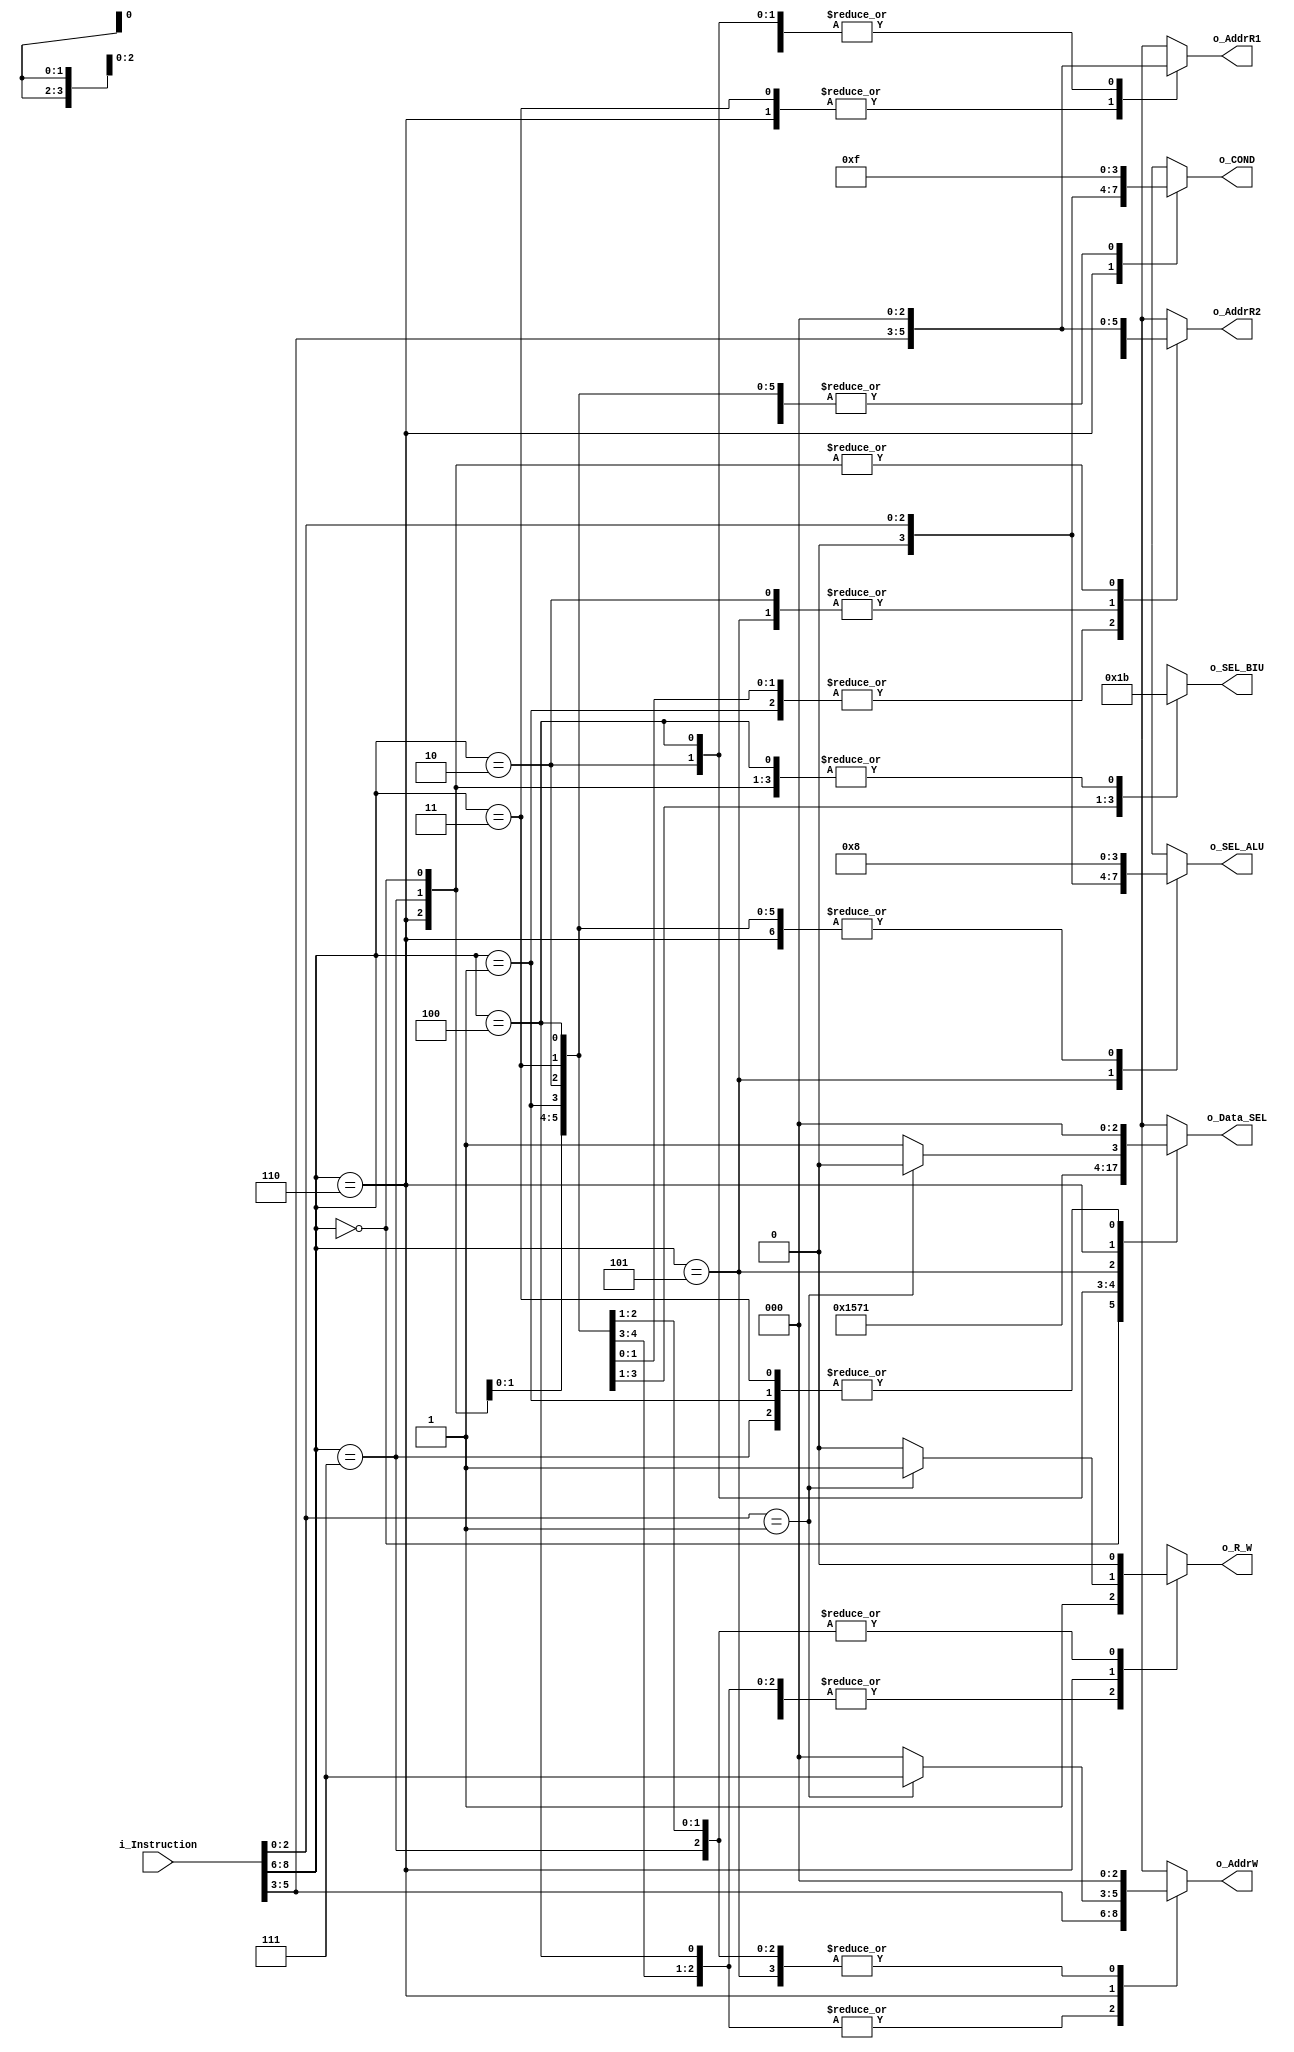
`timescale 1ns / 1ps
//////////////////////////////////////////////////////////////////////////////////
// Company: 
// Engineer: 
// 
// Design Name: 
// Module Name: Deco
// Project Name: 
// Target Devices: 
// Tool Versions: 
// Description: 
// 
// Dependencies: 
// 
// Revision:
// Revision 0.01 - File Created
// Additional Comments:
// 
//////////////////////////////////////////////////////////////////////////////////


module Deco(
    input [8:0] i_Instruction,
    output reg [2:0] o_AddrR1,
    output reg [2:0] o_AddrR2,
    output reg [2:0] o_AddrW,
    output reg [3:0] o_COND,
    output reg [2:0] o_Data_SEL,
    output reg [3:0] o_SEL_ALU,
    output reg [1:0] o_SEL_BIU,
    output reg o_R_W
    );
    
    always@(i_Instruction)
    begin
        case(i_Instruction[8:6])
            0: 
                begin
                    o_AddrR1 <= 0;
                    o_AddrR2 <= 0;
                    o_AddrW <= i_Instruction[5:3];
                    o_COND <= 4'hF;                                 // LOAD RX, #NUM
                    o_Data_SEL <= 3'd2;
                    o_SEL_ALU <= 4'h8;
                    o_SEL_BIU <= 3'd7;
                     o_R_W <= 1;
                 end
            1:
                 begin
                    o_AddrR1 <= 0;
                    o_AddrR2 <= i_Instruction[2:0];
                    o_AddrW <= i_Instruction[5:3];
                    o_COND <= 4'hF;                                 // LOAD RX, [RY]
                    o_Data_SEL <= 3'd0;
                    o_SEL_ALU <= 4'h8;
                    o_SEL_BIU <= 3'd0;
                     o_R_W <= 1;
                 end   
            2:
                 begin
                    o_AddrR1 <= 0;
                    o_AddrR2 <= i_Instruction[5:3];
                    o_AddrW <=0;
                    o_COND <= 4'hF;                                 // STORE #NUM
                    o_Data_SEL <= 3'd5;
                    o_SEL_ALU <= 4'h8;
                    o_SEL_BIU <= 3'd1;
                     o_R_W <= 0;
                 end
            3:
                 begin
                    o_AddrR1 <= i_Instruction[5:3];
                    o_AddrR2 <= i_Instruction[2:0];
                    o_AddrW <= 0;
                    o_COND <= 4'hF;
                    o_Data_SEL <= 3'd0;                             // STORE [RX], RY
                    o_SEL_ALU <= 4'h8;
                    o_SEL_BIU <= 3'd2;
                     o_R_W <= 0;
                 end      
            4:
                 begin
                    o_AddrR1 <= 0;
                    o_AddrR2 <= i_Instruction[2:0];
                    o_AddrW <= i_Instruction[5:3];
                    o_COND <= 4'hF;                                 // MOVE  RX, RY
                    o_Data_SEL <= 3'd3;
                    o_SEL_ALU <= 4'h8;
                    o_SEL_BIU <= 3'd7;
                     o_R_W <= 1;
                 end  
            5:
                 begin
                    o_AddrR1 <= 0;
                    o_AddrR2 <= i_Instruction[5:3];
                    o_AddrW <= 0;
                    o_COND <= 4'hF;
                    o_Data_SEL <= 3'd4;                             // MATH  RX, OP
                    o_SEL_ALU <= i_Instruction[2:0];
                     o_SEL_BIU <= 3'd7;
                    o_R_W <= 1;
                 end  
            6:
                 begin
                    o_AddrR1 <= i_Instruction[5:3];
                    o_AddrR2 <= 0;
                    o_SEL_ALU <= 4'h8;
                    o_COND = {1'b0,i_Instruction[2:0]};             // JMP  RX, COND
                    o_SEL_BIU <= 3'd7;
                    if (i_Instruction[2:0]==3'b001)
                    begin
                        o_Data_SEL <= 3'd2;
                        o_AddrW <= 7;
                        o_R_W <= 1;
                    end
                    else
                    begin
                        o_Data_SEL <= 3'd3;
                        o_AddrW <= 0;
                        o_R_W <= 0;
                    end
                 end  
            7:
                 begin
                    o_AddrR1 <= 0;
                    o_AddrR2 <= 0;
                    o_AddrW <= 0;
                    o_COND <= 4'hF;
                    o_Data_SEL <= 3'd0;                             // NOP
                    o_SEL_ALU <= 4'h8;
                    o_SEL_BIU <= 3'd7;
                    o_R_W <= 0;
                 end 
        endcase
    end             
endmodule